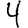
Digit: 4